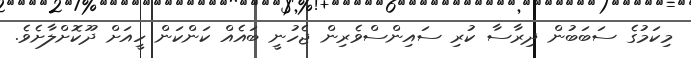
މިކަމުގެ ސަބަބުން ދިރާސާ ކުރި ސައިންސްވެރިން ޖެހުނީ ބައެއް ކަންކަން ހީއަށް ދޫކޮށްލާށެވެ.